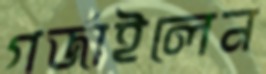
গর্জাইলেন